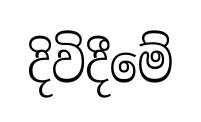
දිවිදීමේ